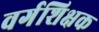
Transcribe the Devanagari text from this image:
वर्गशिक्षक